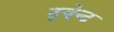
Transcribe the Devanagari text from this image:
ट्वेन्ट